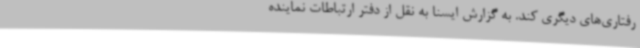
رفتاری‌های دیگری کند. به گزارش ایسنا به نقل از دفتر ارتباطات نماینده